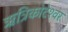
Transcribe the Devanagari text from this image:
ऋत्रिकोटेश्‍वर